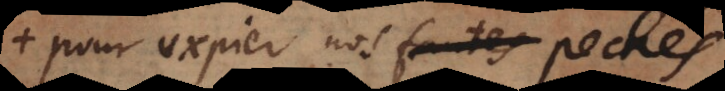
pour expier nos fautes pechés.